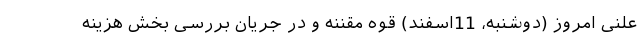
علنی امروز (دوشنبه، 11اسفند) قوه مقننه و در جریان بررسی بخش هزینه